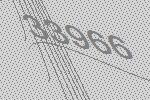
33966